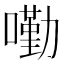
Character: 𡀣